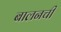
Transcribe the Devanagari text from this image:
बालनची